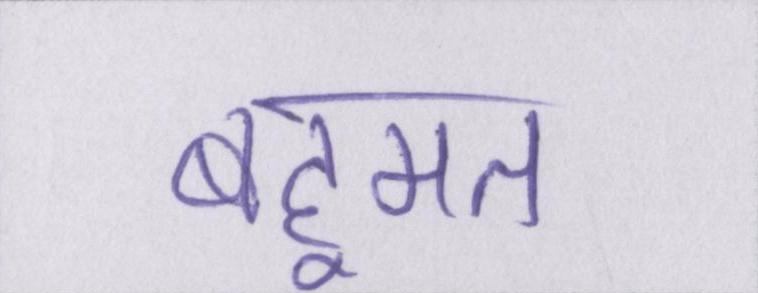
बहूमत